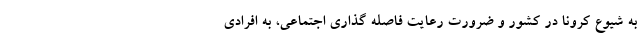
به شیوع کرونا در کشور و ضرورت رعایت فاصله گذاری اجتماعی، به افرادی